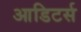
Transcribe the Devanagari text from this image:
आडिटर्स